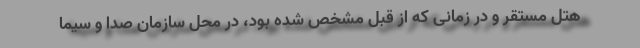
هتل مستقر و در زمانی که از قبل مشخص شده بود، در محل سازمان صدا و سیما